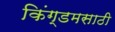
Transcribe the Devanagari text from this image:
किंग्डमसाठी